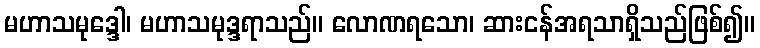
မဟာသမုဒ္ဒေါ၊ မဟာသမုဒ္ဒရာသည်။ လောဏရသော၊ ဆားငန်အရသာရှိသည်ဖြစ်၍။